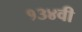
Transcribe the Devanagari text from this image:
१३४वी